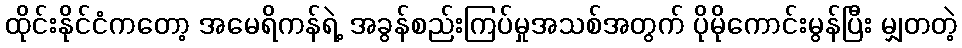
ထိုင်းနိုင်ငံကတော့ အမေရိကန်ရဲ့ အခွန်စည်းကြပ်မှုအသစ်အတွက် ပိုမိုကောင်းမွန်ပြီး မျှတတဲ့